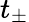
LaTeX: t_{\pm}